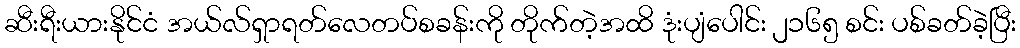
ဆီးရီးယားနိုင်ငံ အယ်လ်ရှာရတ်လေတပ်စခန်းကို တိုက်တဲ့အထိ ဒုံးပျံပေါင်း ၂၁၆၅ စင်း ပစ်ခတ်ခဲ့ပြီး